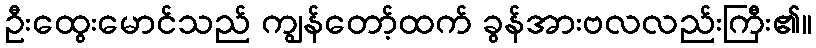
ဦးထွေးမောင်သည် ကျွန်တော့်ထက် ခွန်အားဗလလည်းကြီး၏။